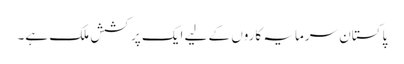
پاکستان سرمایہ کاروں کے لیے ایک پرکشش ملک ہے۔